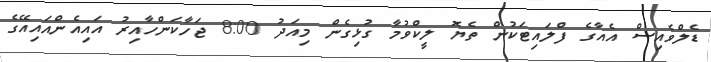
ޑެލްވެއިސް އެއާގެ ފްލައިޓަކުން ތެޔޮ ލީކްވުމާ ގުޅިގެން މިއަދު 8:00 ޖަހާކަންހާއިރު އައިއެންއައިއޭގެ